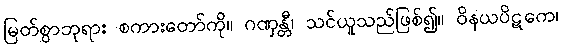
မြတ်စွာဘုရား စကားတော်ကို။ ဂဏှန္တီ၊ သင်ယူသည်ဖြစ်၍။ ဝိနယပိဋကေ၊